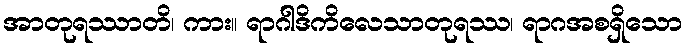
အာတုရဿာတိ၊ ကား။ ရာဂါဒိကိလေသာတုရဿ၊ ရာဂအစရှိသော